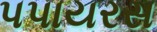
પપાયરસ